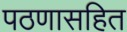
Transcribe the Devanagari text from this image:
पठणासहित